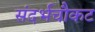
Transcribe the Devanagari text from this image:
संदर्भचौकट